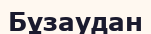
Бұзаудан